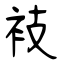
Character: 衼